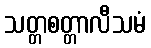
သတ္တစတ္တာလီသမံ